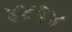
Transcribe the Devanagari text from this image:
४४३४